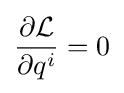
{\frac {\partial {\mathcal {L}}}{\partial q^{i}}}=0